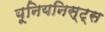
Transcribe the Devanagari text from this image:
यूनियनिस्ट्स